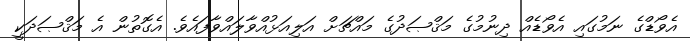
އެވޯޑްގެ ނަމުގައި އެވޯޑެއް ދިނުމުގެ މަޤްޞަދުގެ މައްޗަށް އަލިއަޅުއްވާލައްވާފައެވެ. އެގޮތުން އެ މަޤްޞަދަކީ